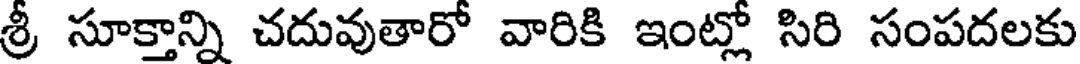
శ్రీ సూక్తాన్ని చదువుతారో వారికి ఇంట్లో సిరి సంపదలకు